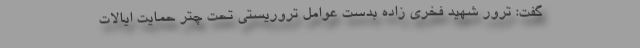
گفت: ترور شهید فخری زاده بدست عوامل تروریستی تحت چتر حمایت ایالات